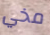
مخي